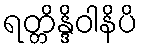
ရတ္တိန္ဒိဝါနိပိ